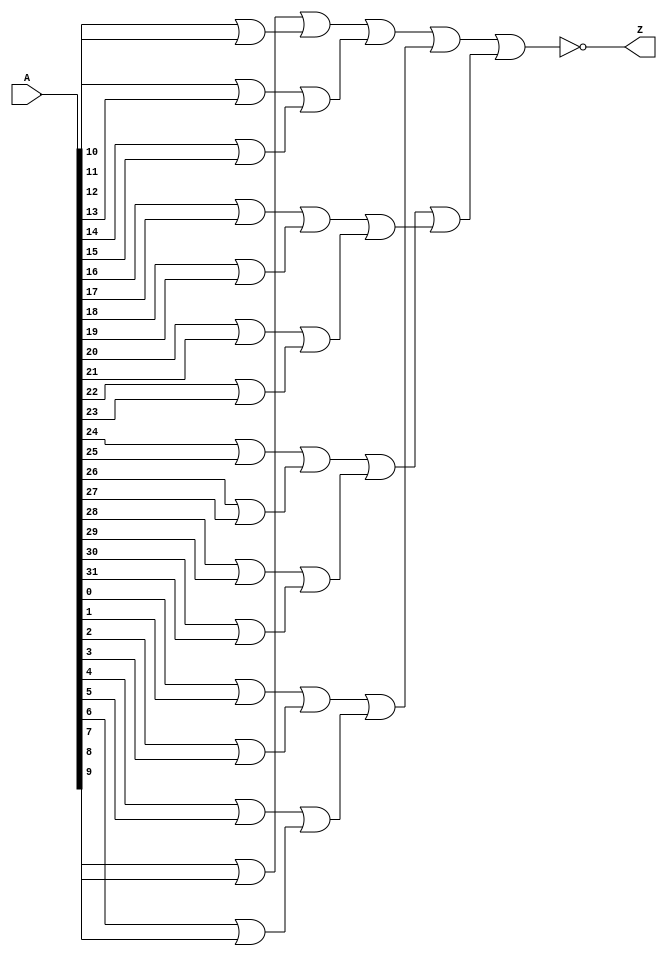
module Zero_comparator#(parameter size = 32)(
    input [size-1:0] A,
    output Z);
    
    
    wire [15:0] first_stage; 
    wire [7:0] second_stage;
	wire [3:0] third_stage;
	wire [1:0] fourth_stage;
	genvar i;
	for(i=0;i<16;i = i+1) begin
		assign first_stage[i] = A[2*i] | A[2*i+1];
	end
	
	for(i=0;i<8;i = i+1) begin	
		assign second_stage[i] = first_stage[2*i] | first_stage[2*i+1];
	end

	for(i=0;i<4;i = i+1) begin
		assign third_stage[i] = second_stage[2*i] | second_stage[2*i+1];
	end

	assign fourth_stage[0] = third_stage[1] | third_stage[0];
	assign fourth_stage[1] = third_stage[3] | third_stage[2];
	assign Z = ~(fourth_stage[0] | fourth_stage[1]);
endmodule